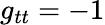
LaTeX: g_{tt}=-1